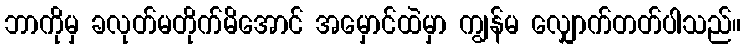
ဘာကိုမှ ခလုတ်မတိုက်မိအောင် အမှောင်ထဲမှာ ကျွန်မ လျှောက်တတ်ပါသည်။